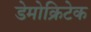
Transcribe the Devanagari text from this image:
डेमोक्रिटेक